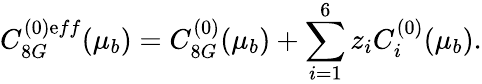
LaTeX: C_{8G}^{(0)\mathrm{e}ff}(\mu_{b})=C_{8G}^{(0)}(\mu_{b})+\sum_{i=1}^{6}z_{i}C_{i}^{(0)}(\mu_{b}).